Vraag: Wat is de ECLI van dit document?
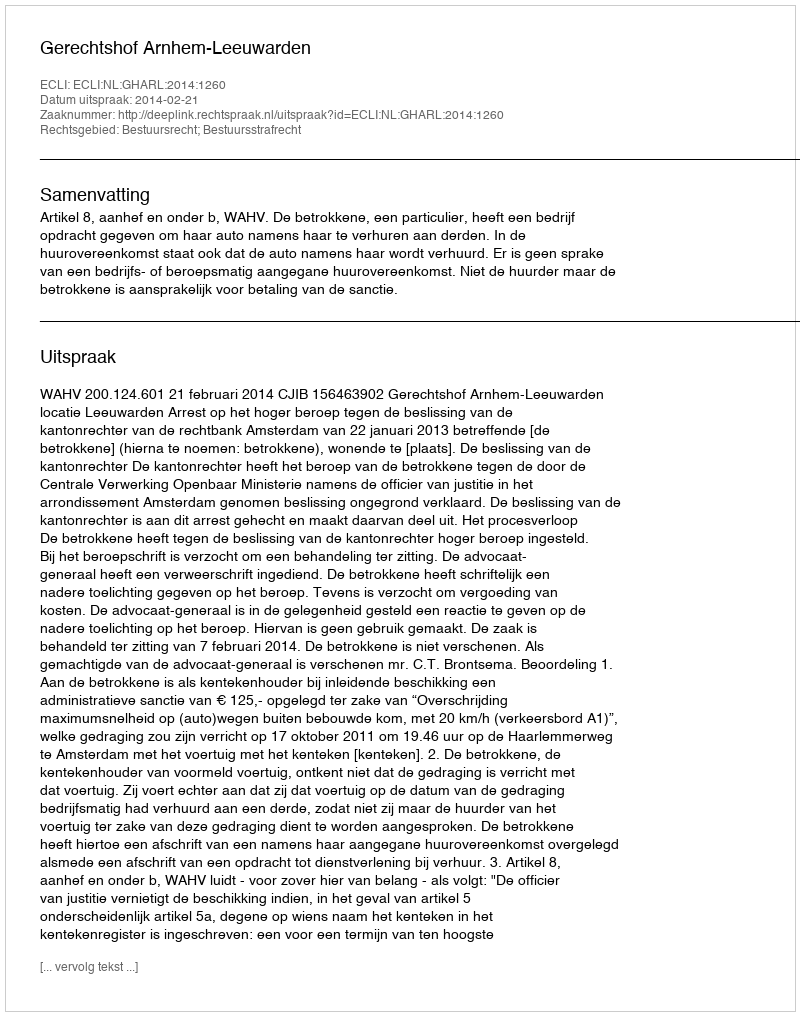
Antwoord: ECLI:NL:GHARL:2014:1260